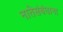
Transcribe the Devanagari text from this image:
नातेसंबंधाना